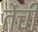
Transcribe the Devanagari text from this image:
तेंची